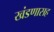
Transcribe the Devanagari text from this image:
खंडणासह